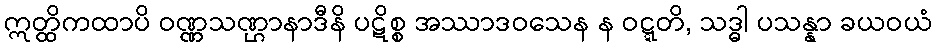
ဣတ္ထိကထာပိ ဝဏ္ဏသဏ္ဌာနာဒီနိ ပဋိစ္စ အဿာဒဝသေန န ဝဋ္ဋတိ, သဒ္ဓါ ပသန္နာ ခယဝယံ